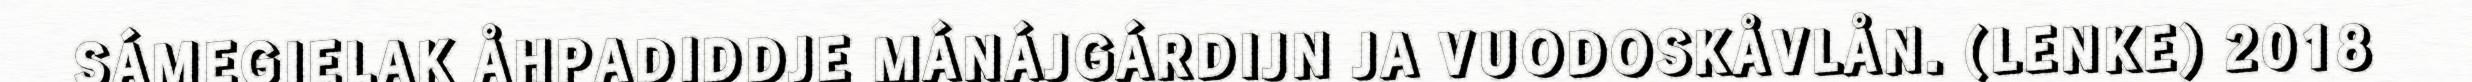
SÁMEGIELAK ÅHPADIDDJE MÁNÁJGÁRDIJN JA VUODOSKÅVLÅN. (LENKE) 2018